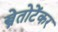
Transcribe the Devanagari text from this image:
स्त्रेतोटेंकर